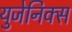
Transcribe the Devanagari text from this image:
युजेनिक्स